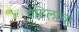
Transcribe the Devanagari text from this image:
वडिलाचा